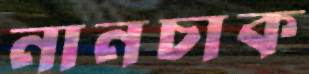
নানচাক